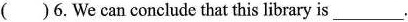
( )6.We can conclude that this library is ___.